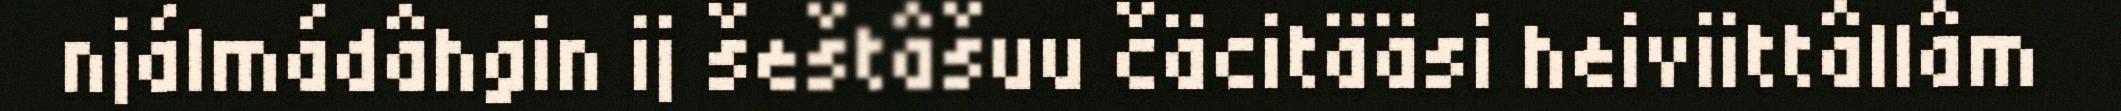
njálmádâhgin ij šeštâšuu čäcitääsi heiviittâllâm